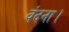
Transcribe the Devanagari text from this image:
वंदना।